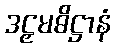
ဒဠှမဓိဋ္ဌာနံ